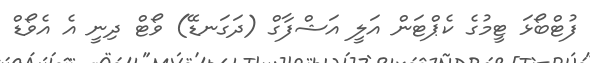
ފުޓްބޯޅަ ޓީމުގެ ކެޕްޓަން އަލީ އަޝްފާގް (ދަގަނޑޭ) ވޯޓް ދިނީ އެ އެވޯޑް